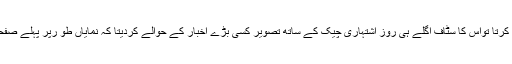
وزیراعلیٰ ماڈلنگ کرتا تواس کا سٹاف اگلے ہی روز اشتہاری چیک کے ساتھ تصویر کسی بڑے اخبار کے حوالے کردیتا کہ نمایاں طو رپر پہلے صفحہ پر لگائی جائے۔